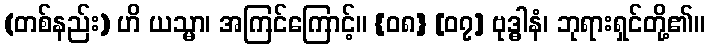
(တစ်နည်း) ဟိ ယသ္မာ၊ အကြင်ကြောင့်။ {၀၈} [၀၇] ဗုဒ္ဓါနံ၊ ဘုရားရှင်တို့၏။